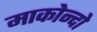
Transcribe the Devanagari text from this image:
माकोन्दो